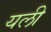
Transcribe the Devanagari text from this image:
यली